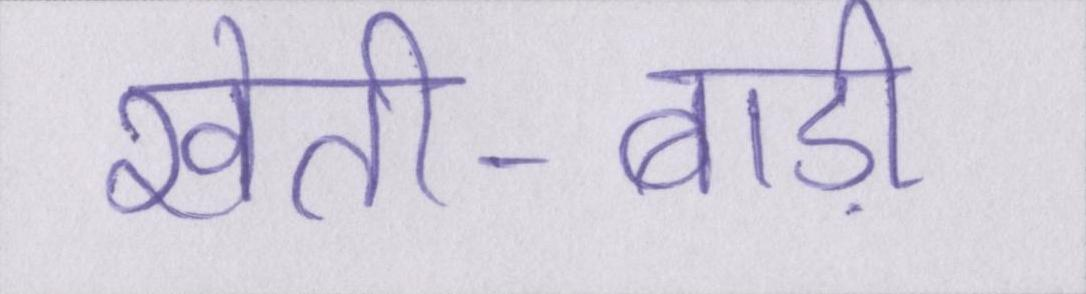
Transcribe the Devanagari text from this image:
खेती-बाड़ी